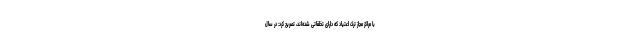
با مراکز مجاز ترک اعتیاد که دارای تخلفاتی شده‌اند، تصریح کرد: در سال